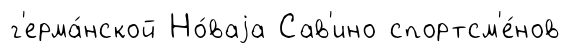
г'ерма́нской Но́ваjа Сав'ино спортсм'е́нов